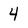
Character: 4